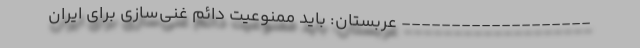
------------------- عربستان: باید ممنوعیت دائم غنی‌سازی برای ایران